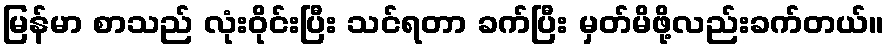
မြန်မာ စာသည် လုံးဝိုင်းပြီး သင်ရတာ ခက်ပြီး မှတ်မိဖို့လည်းခက်တယ်။